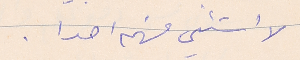
لا استـثـني منهم احدا.